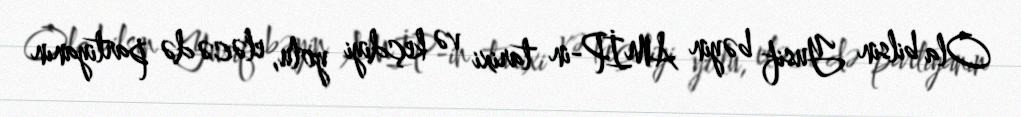
Ola bilsin Yusif bəyin AMİP-in tarixi və keçdiyi yolu, eləcə də partiyanın